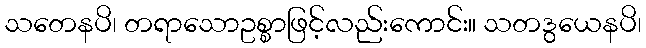
သတေနပိ၊ တရာသောဥစ္စာဖြင့်လည်းကောင်း။ သတဒွယေနပိ၊